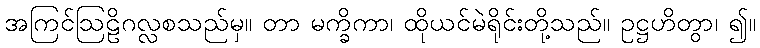
အကြင်ဩဠိဂလ္လစသည်မှ။ တာ မက္ခိကာ၊ ထိုယင်မဲရိုင်းတို့သည်။ ဥဋ္ဌဟိတွာ၊ ၍။